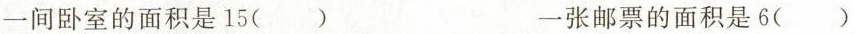
一间卧室的面积是15() 一张邮票的面积是6()